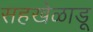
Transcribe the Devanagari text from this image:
सहखेळाडू